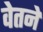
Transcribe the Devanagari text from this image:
वेतने